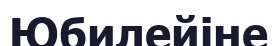
Юбилейіне